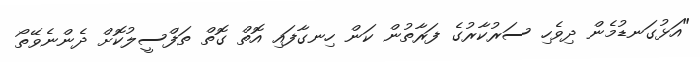
"އަޅުގަނޑުމެން ދިވެހި ސަރުކާރުގެ ފަރާތުން ކަން ހިނގާފައި އޮތް ގޮތް ތަފްސީލުކޮށް ދެންނެވޭތޯ